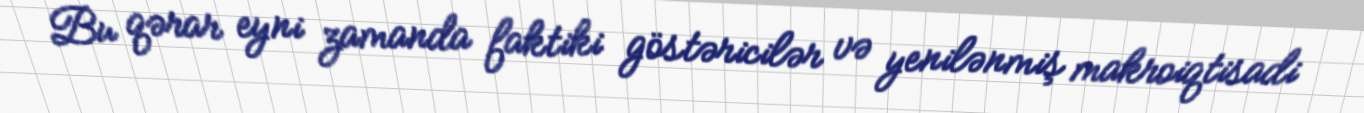
Bu qərar eyni zamanda faktiki göstəricilər və yenilənmiş makroiqtisadi